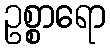
ဥစ္စာရော